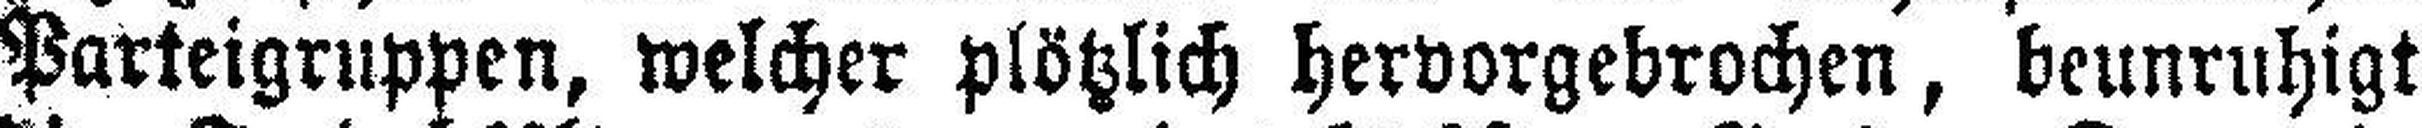
Parteigruppen, welcher plötzlich hervorgebrochen, beunruhigt